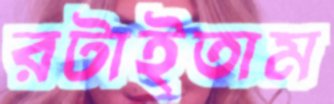
রটাইতাম